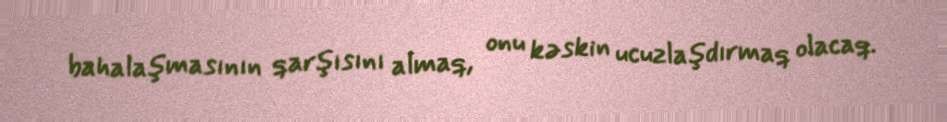
bahalaşmasının qarşısını almaq, onu kəskin ucuzlaşdırmaq olacaq.